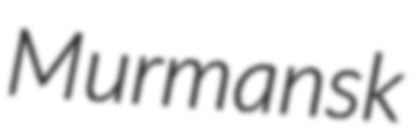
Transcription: Murmansk